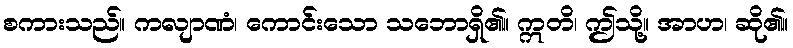
စကားသည်။ ကလျာဏံ၊ ကောင်းသော သဘောရှိ၏။ ဣတိ၊ ဤသို့။ အာဟ၊ ဆို၏။